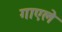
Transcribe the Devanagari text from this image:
गाएले